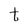
Character: t